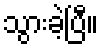
သွားခဲ့ပြီ။